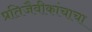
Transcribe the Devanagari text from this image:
प्रतिजैवीकांचाचा